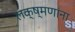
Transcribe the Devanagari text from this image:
लक्ष्मणांना